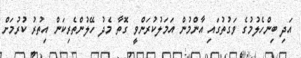
އަދި ބިންހެލުމުގެ ވަގުތުގައި އާންމުން އަމަލުކުރަންވީ ގޮތާ މެދު ހޭލުންތެރިކަން އިތުރު ކުރުމަށް